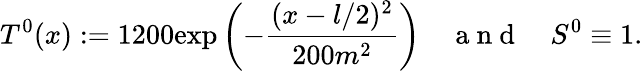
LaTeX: T^{0}(x):=1200\mathrm{exp}\left(-\frac{(x-l/2)^{2}}{200m^{2}}\right)\quad\mathrm{~a~n~d~}\quad S^{0}\equiv 1.